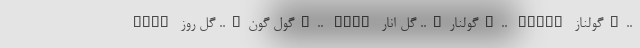
GLEN گول گون….. گل روز….. GLGN گولنار….. گل انار….. GLNAR گولناز…..